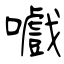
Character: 嚱